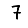
Digit: 7